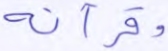
وقرآنه